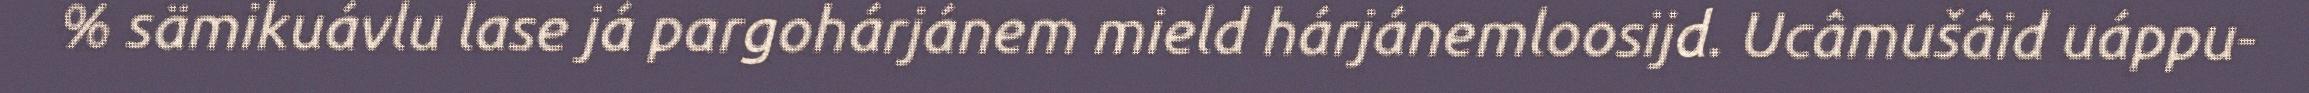
% sämikuávlu lase já pargohárjánem mield hárjánemloosijd. Ucâmušâid uáppu-